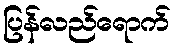
ပြန်လည်ရောက်